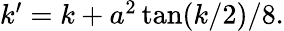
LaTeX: \begin{array}{r}{k^{\prime}=k+a^{2}\tan(k/2)/8.}\end{array}